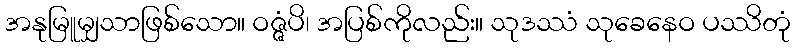
အနုမြူမျှသာဖြစ်သော။ ဝဇ္ဇံပိ၊ အပြစ်ကိုလည်း။ သုဒဿံ သုခေနေဝ ပဿိတုံ